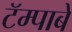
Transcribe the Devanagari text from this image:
टॅम्पाबे